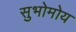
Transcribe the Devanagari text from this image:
सुभोमोय